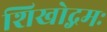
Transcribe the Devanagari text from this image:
शिखोद्गमः